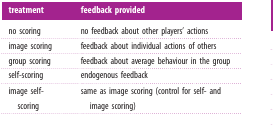
<table><thead><tr><td><b>treatment</b></td><td><b>feedback provided</b></td></tr></thead><tbody><tr><td>no scoring</td><td>no feedback about other players&#x27; actions</td></tr><tr><td>image scoring</td><td>feedback about individual actions of others</td></tr><tr><td>group scoring</td><td>feedback about average behaviour in the group</td></tr><tr><td>self-scoring</td><td>endogenous feedback</td></tr><tr><td>image self-scoring</td><td>same as image scoring (control for self- and image scoring)</td></tr></tbody></table>